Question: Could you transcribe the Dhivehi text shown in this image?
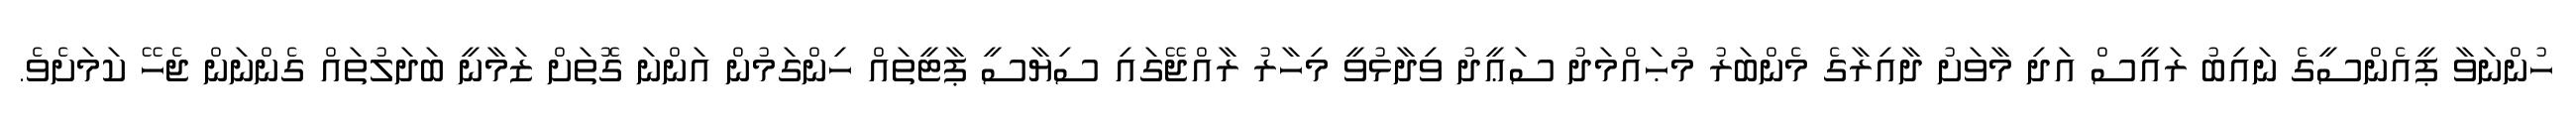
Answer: ހުންނަވާ ޕީއެންސީގެ ނައިބު ރައީސް އަދި މާވަށު ދާއިރާގެ މެންބަރު މުޙައްމަދު ސަޢީދު ވިދާޅުވީ މިހާރު ރާއްޖޭގައި ސިޔާސީ ޕާޓީތައް ހިންގަމުން އަންނަ ގޮތަށް ޒަމާނީ ބަދަލުތައް ގެންނަން ޖެހޭ ކަމަށެވެ.